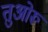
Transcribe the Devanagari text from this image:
तुओरू